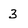
Character: 3